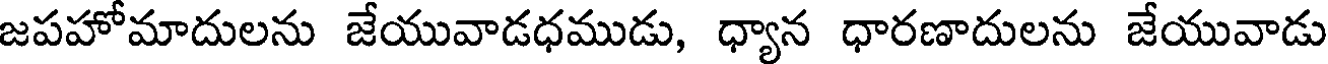
జపహోమాదులను జేయువాడధముడు, ధ్యాన ధారణాదులను జేయువాడు